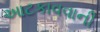
આટકાવવાની